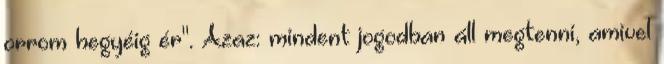
orrom hegyéig ér". Azaz: mindent jogodban áll megtenni, amivel